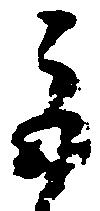
巨